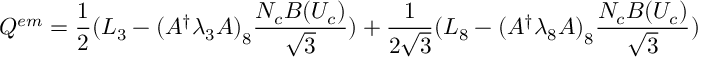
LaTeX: Q ^ { e m } = { \frac { 1 } { 2 } } ( L _ { 3 } - { ( A ^ { \dagger } \lambda _ { 3 } A ) } _ { 8 } { \frac { N _ { c } B ( U _ { c } ) } { \sqrt { 3 } } } ) + { \frac { 1 } { 2 \sqrt { 3 } } } ( L _ { 8 } - { ( A ^ { \dagger } \lambda _ { 8 } A ) } _ { 8 } { \frac { N _ { c } B ( U _ { c } ) } { \sqrt { 3 } } } )